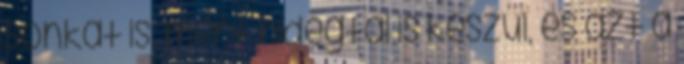
sonkát is, mert hidegtál is készül, és azt a